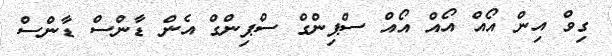
ގިވް އިން އޯއް އޯއް އޯއް ސްޕިންގް ސްޕިންގް އެން ޑާންސް ޑާންސް